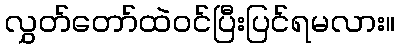
လွှတ်တော်ထဲဝင်ပြီးပြင်ရမလား။